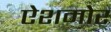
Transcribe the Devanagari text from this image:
ऐशमोर